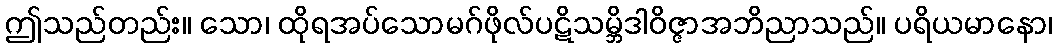
ဤသည်တည်း။ သော၊ ထိုရအပ်သောမဂ်ဖိုလ်ပဋိသမ္ဘိဒါဝိဇ္ဇာအဘိညာသည်။ ပရိယမာနော၊